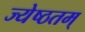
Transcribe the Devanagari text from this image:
ज्येष्ठतम्